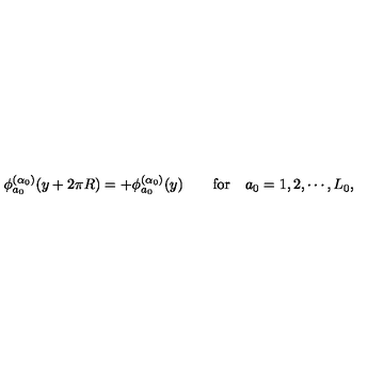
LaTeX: \phi _ { a _ { 0 } } ^ { ( \alpha _ { 0 } ) } ( y + 2 \pi R ) = + \phi _ { a _ { 0 } } ^ { ( \alpha _ { 0 } ) } ( y ) \qquad \mathrm { f o r } \quad a _ { 0 } = 1 , 2 , \cdots , L _ { 0 } ,